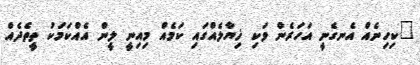
"ކިހިނެއް އެނގެނީ އަހަރެން ވަކި ޚިޔާލެއްގައި ކަމެއް މިއިނީ ލީން އެއްކަމަކު ތީތެދެއް